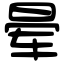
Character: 晕